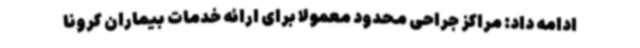
ادامه داد: مراکز جراحی محدود معمولا برای ارائه خدمات بیماران کرونا